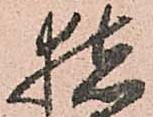
猪